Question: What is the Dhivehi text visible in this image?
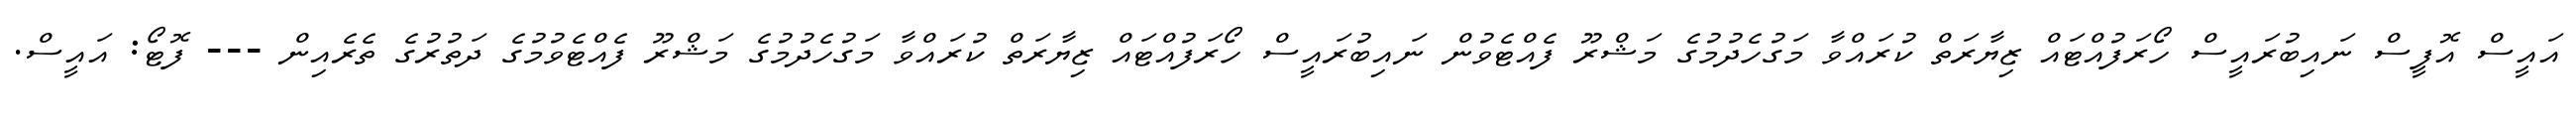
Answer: އައީސް އޮފީސް ނައިބުރައީސް ހޯރަފުއްޓައް ޒިޔާރަތް ކުރައްވާ މަގުހެދުމުގެ މަޝްރޫ ފެއްޓެވުން ނައިބުރައީސް ހޯރަފުއްޓައް ޒިޔާރަތް ކުރައްވާ މަގުހެދުމުގެ މަޝްރޫ ފެއްޓެވުމުގެ ދަތުރުގެ ތެރެއިން --- ފޮޓޯ: އައީސް.